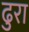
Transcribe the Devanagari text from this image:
ढुरा